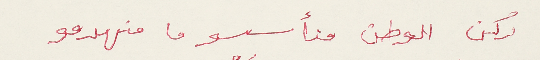
ركن الوطن منأسسو ما منهدمو